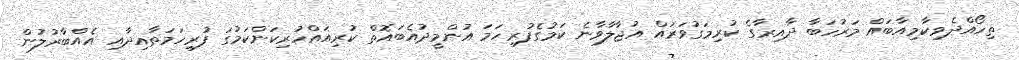
ތިހޯއްދެވިކާމިއާބައް މަރުހަބާ ދާއިރާގެ ކުރިމަގުވަރައް އުޖާލާވާނެ ކަމުގެފުރިހަމަ އުންމީދުއެބައޮތް ކުރިއައްހުރިކަންކަމުގަ ފުރިހަމަތާއިދާއި އެއްބާރުލުން